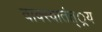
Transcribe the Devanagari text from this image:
वाक्स्वातंत््रय